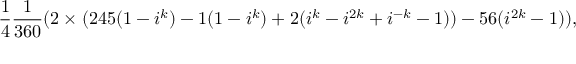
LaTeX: \frac { 1 } { 4 } \frac { 1 } { 3 6 0 } ( 2 \times ( 2 4 5 ( 1 - i ^ { k } ) - 1 ( 1 - i ^ { k } ) + 2 ( i ^ { k } - i ^ { 2 k } + i ^ { - k } - 1 ) ) - 5 6 ( i ^ { 2 k } - 1 ) ) ,